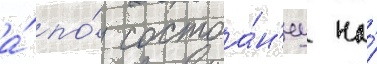
а́ по́ состоа́н'иу на́